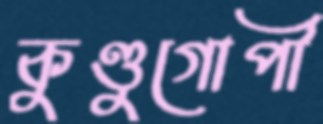
কুণ্ডুগোপী